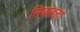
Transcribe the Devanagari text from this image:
निबाहता